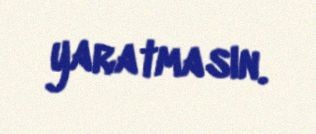
yaratmasın.